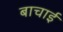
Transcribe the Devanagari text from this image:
बाचाई